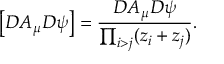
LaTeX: \left[ { \cal D } A _ { \mu } { \cal D } \psi \right] = \frac { { \cal D } A _ { \mu } { \cal D } \psi } { \prod _ { i > j } ( z _ { i } + z _ { j } ) } .